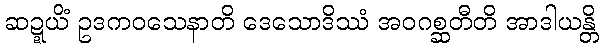
ဆဍ္ဍယိံ ဥဒကဝသေနာတိ ဒေသောဒိဿံ အဝဂစ္ဆတီတိ အာဒါယန္တိ